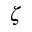
\zeta